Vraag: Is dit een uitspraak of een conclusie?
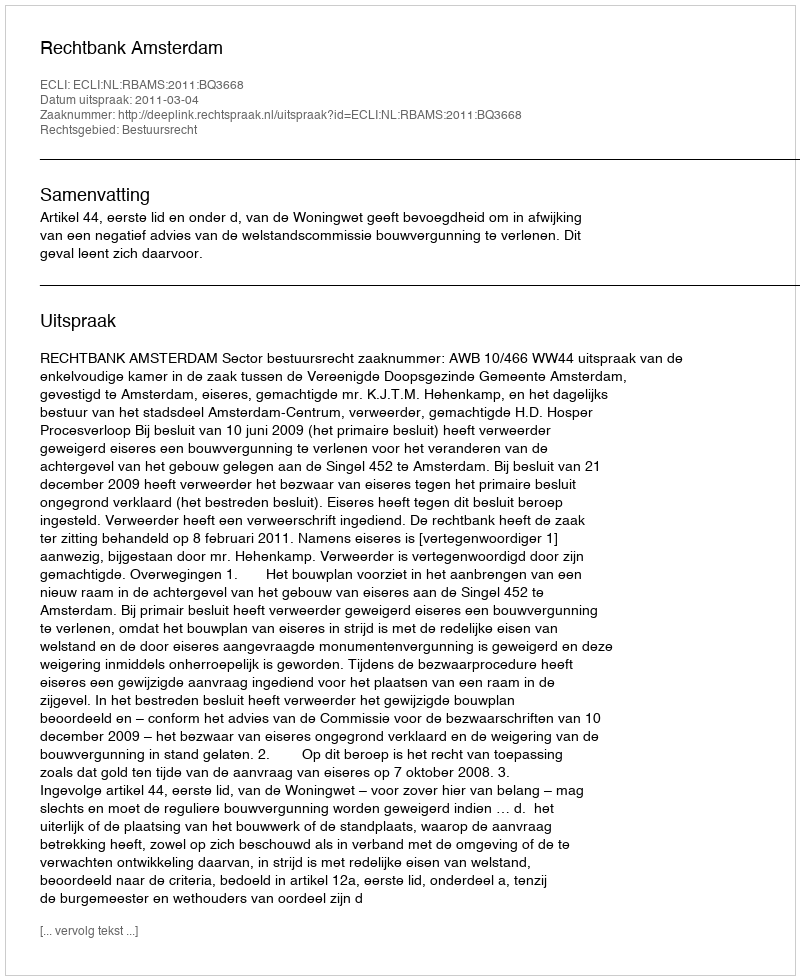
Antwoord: Uitspraak